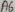
Text: A6